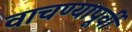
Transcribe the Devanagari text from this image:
वाचण्यापूर्वी